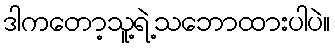
ဒါကတော့သူ့ရဲ့သဘောထားပါပဲ။